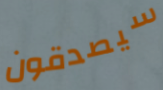
سيصدقون